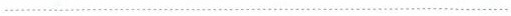
…………